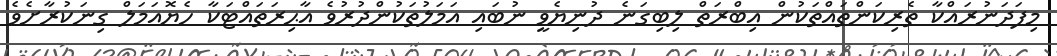
މިފަދަނުރައްކާ ތެރިކަންތައްތަކުން އިބްރަތް ލިބިގަނެ ދުނިޔެވީ ނުބައި އަމަލުތަކުންދުރުވެ އާޙިރަތައްޓަކާ ހެޔޮއަމަލް ގިނަކުރާށެވެ